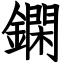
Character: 䥜